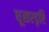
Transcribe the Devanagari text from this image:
धूसरदृष्टि